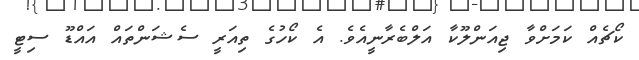
ކޯޗެއް ކަމަށްވާ ޖިއަންލޫކާ އަލްބެރާނީއެވެ. އެ ކޯހުގެ ތިއަރީ ސެޝަންތައް އައްޑޫ ސިޓީ